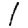
Digit: 1